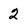
Character: 2